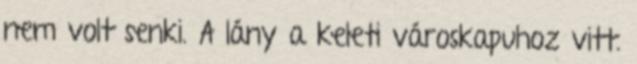
nem volt senki. A lány a keleti városkapuhoz vitt.